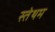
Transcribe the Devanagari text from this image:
स्तेथम